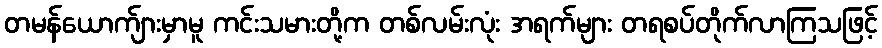
တမန်ယောက်ျားမှာမူ ကင်းသမားတို့က တစ်လမ်းလုံး အရက်များ တရစပ်တိုက်လာကြသဖြင့်